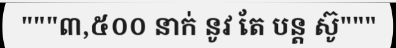
"""៣,៥០០ នាក់ នូវ តែ បន្ត ស៊ូ"""